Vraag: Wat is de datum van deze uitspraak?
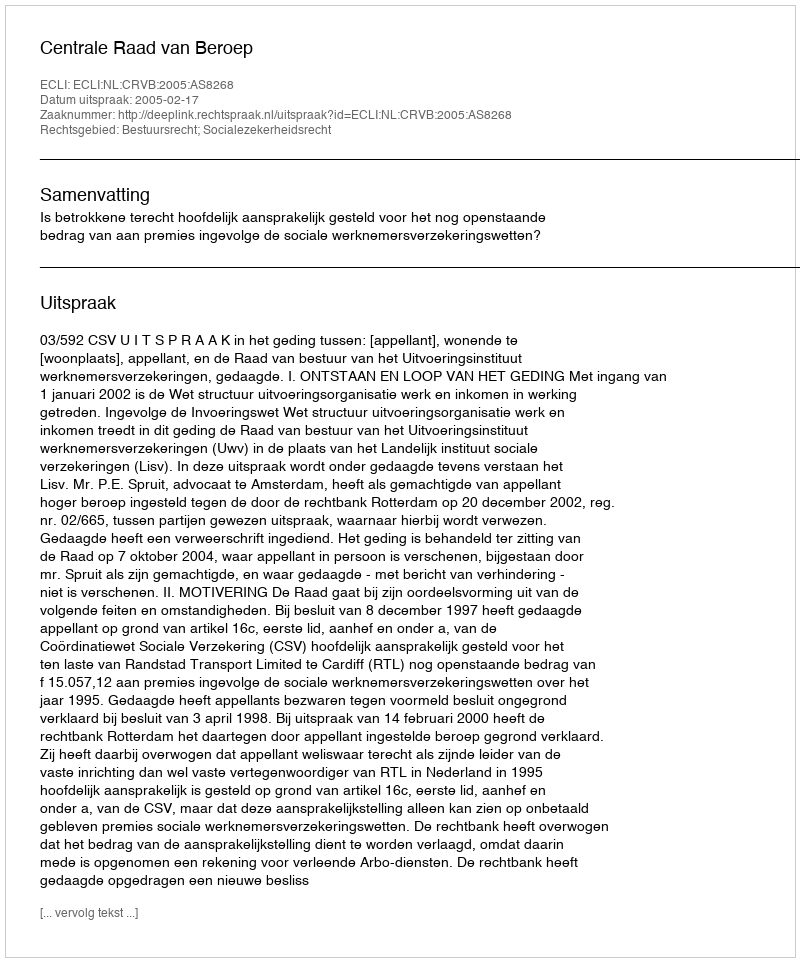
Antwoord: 2005-02-17